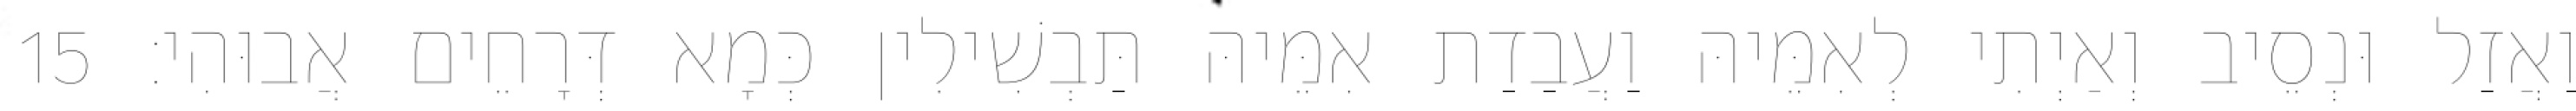
וַאֲזַל וּנְסֵיב וְאַיְתִי לְאִמֵּיהּ וַעֲבַדַת אִמֵּיהּ תַּבְשִׁילִין כְּמָא דְּרָחֵים אֲבוּהִי׃ 15